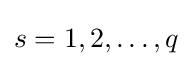
s=1,2,\ldots ,q